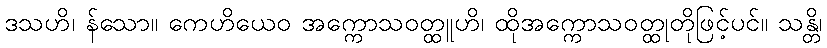
ဒသဟိ၊ န်သော။ ကေဟိယေဝ အက္ကောသဝတ္ထူဟိ၊ ထိုအက္ကောသဝတ္ထုတိုဖြင့်ပင်။ သန္တိ၊